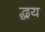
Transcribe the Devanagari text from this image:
द्धय